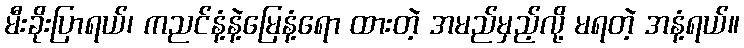
မီးခိုးပြာရယ်၊ ကညင်နံ့နဲ့မြေနံ့ရော ထားတဲ့ အမည်မှည့်လို့ မရတဲ့ အနံ့ရယ်။